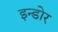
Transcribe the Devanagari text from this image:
इन्‍डोर